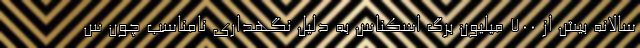
سالانه بیش از ۷۰۰ میلیون برگ اسکناس به دلیل نگهداری نامناسب چون س